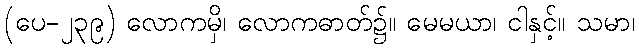
(ပေ-၂၃၉) လောကမှိ၊ လောကဓာတ်၌။ မေမယာ၊ ငါနှင့်။ သမာ၊